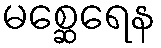
မစ္ဆေရေန